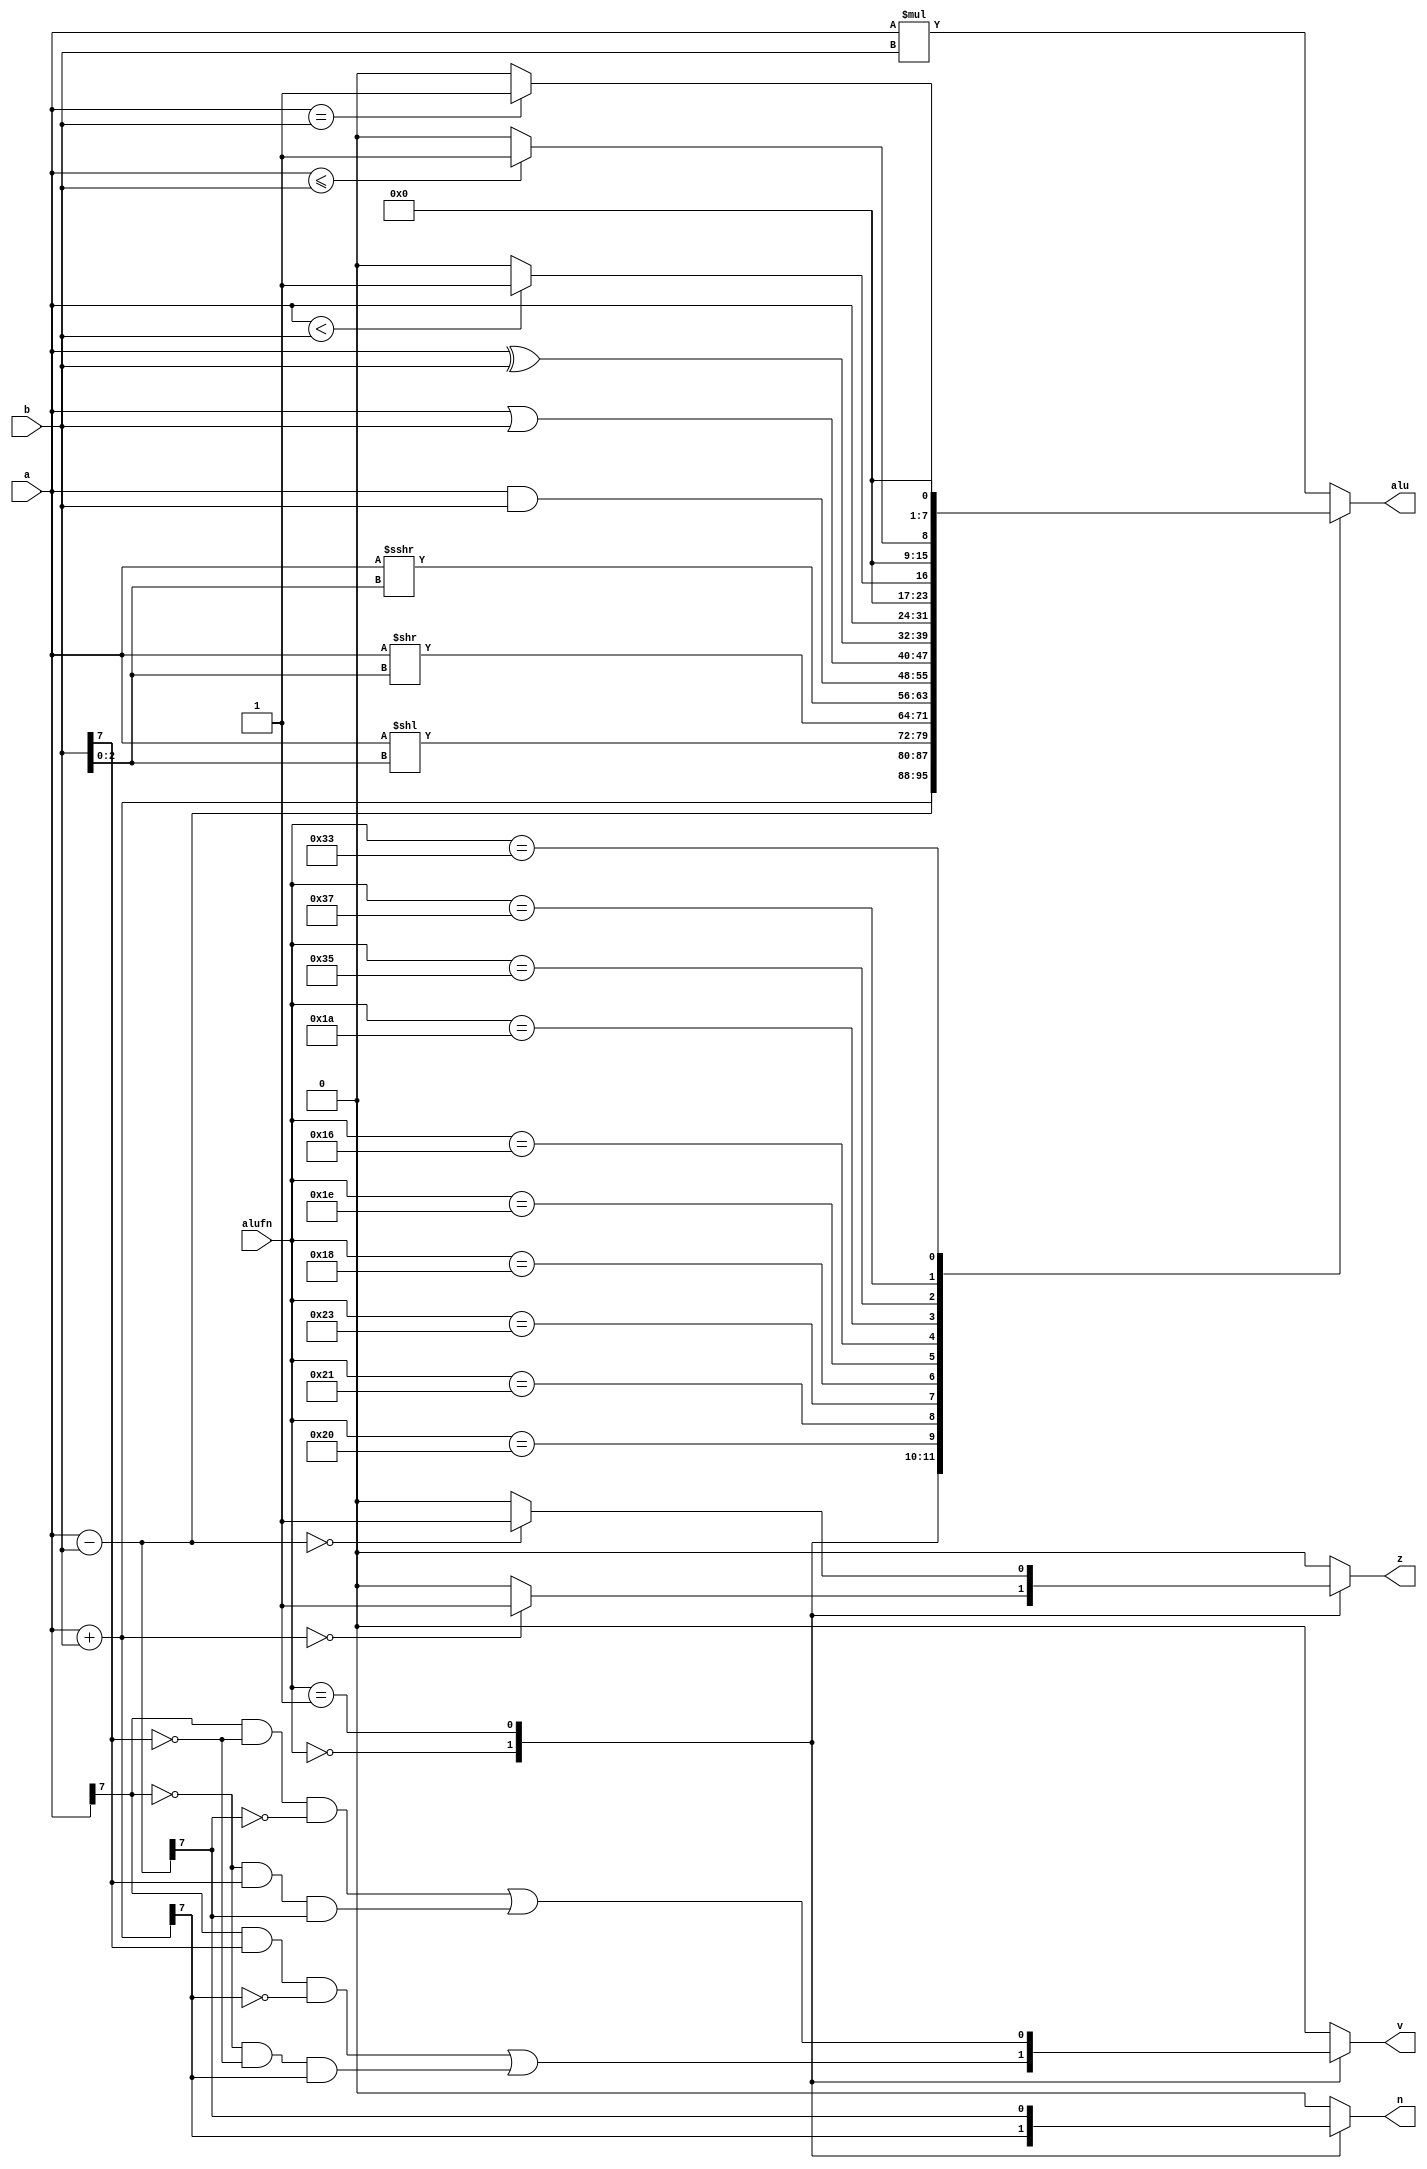
module alu_5 (
    input [7:0] a,
    input [7:0] b,
    input [5:0] alufn,
    output reg z,
    output reg v,
    output reg n,
    output reg [7:0] alu
  );
  
  
  
  reg [15:0] alu1;
  
  reg [0:0] n1;
  
  reg [0:0] v1;
  
  reg [0:0] z1;
  
  always @* begin
    n1 = 1'h0;
    v1 = 1'h0;
    z1 = 1'h0;
    
    case (alufn)
      6'h02: begin
        alu1 = a * b;
      end
      6'h00: begin
        alu1 = a + b;
        n1 = alu1[7+0-:1];
        if (alu1[0+7-:8] == 8'h00) begin
          z1 = 1'h1;
        end
        v1 = a[7+0-:1] & b[7+0-:1] & (~n1) | (~a[7+0-:1]) & (~b[7+0-:1]) & n1;
      end
      6'h01: begin
        alu1 = a - b;
        n1 = alu1[7+0-:1];
        if (alu1[0+7-:8] == 8'h00) begin
          z1 = 1'h1;
        end
        v1 = a[7+0-:1] & (~b[7+0-:1]) & (~n1) | (~a[7+0-:1]) & b[7+0-:1] & n1;
      end
      6'h20: begin
        alu1 = a << b[0+2-:3];
      end
      6'h21: begin
        alu1 = a >> b[0+2-:3];
      end
      6'h23: begin
        alu1 = $signed(a) >>> b[0+2-:3];
      end
      6'h18: begin
        alu1 = a & b;
      end
      6'h1e: begin
        alu1 = a | b;
      end
      6'h16: begin
        alu1 = a ^ b;
      end
      6'h1a: begin
        alu1 = a;
      end
      6'h35: begin
        if ($signed(a) < $signed(b)) begin
          alu1 = 8'h01;
        end else begin
          alu1 = 8'h00;
        end
      end
      6'h37: begin
        if ($signed(a) <= $signed(b)) begin
          alu1 = 8'h01;
        end else begin
          alu1 = 8'h00;
        end
      end
      6'h33: begin
        if ($signed(a) == $signed(b)) begin
          alu1 = 8'h01;
        end else begin
          alu1 = 8'h00;
        end
      end
    endcase
    v = v1;
    n = n1;
    z = z1;
    alu = alu1[0+7-:8];
  end
endmodule